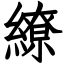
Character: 繚